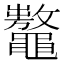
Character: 𪓾